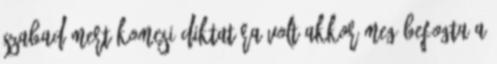
szabad mert komcsi diktatúra volt akkor meg befogta a